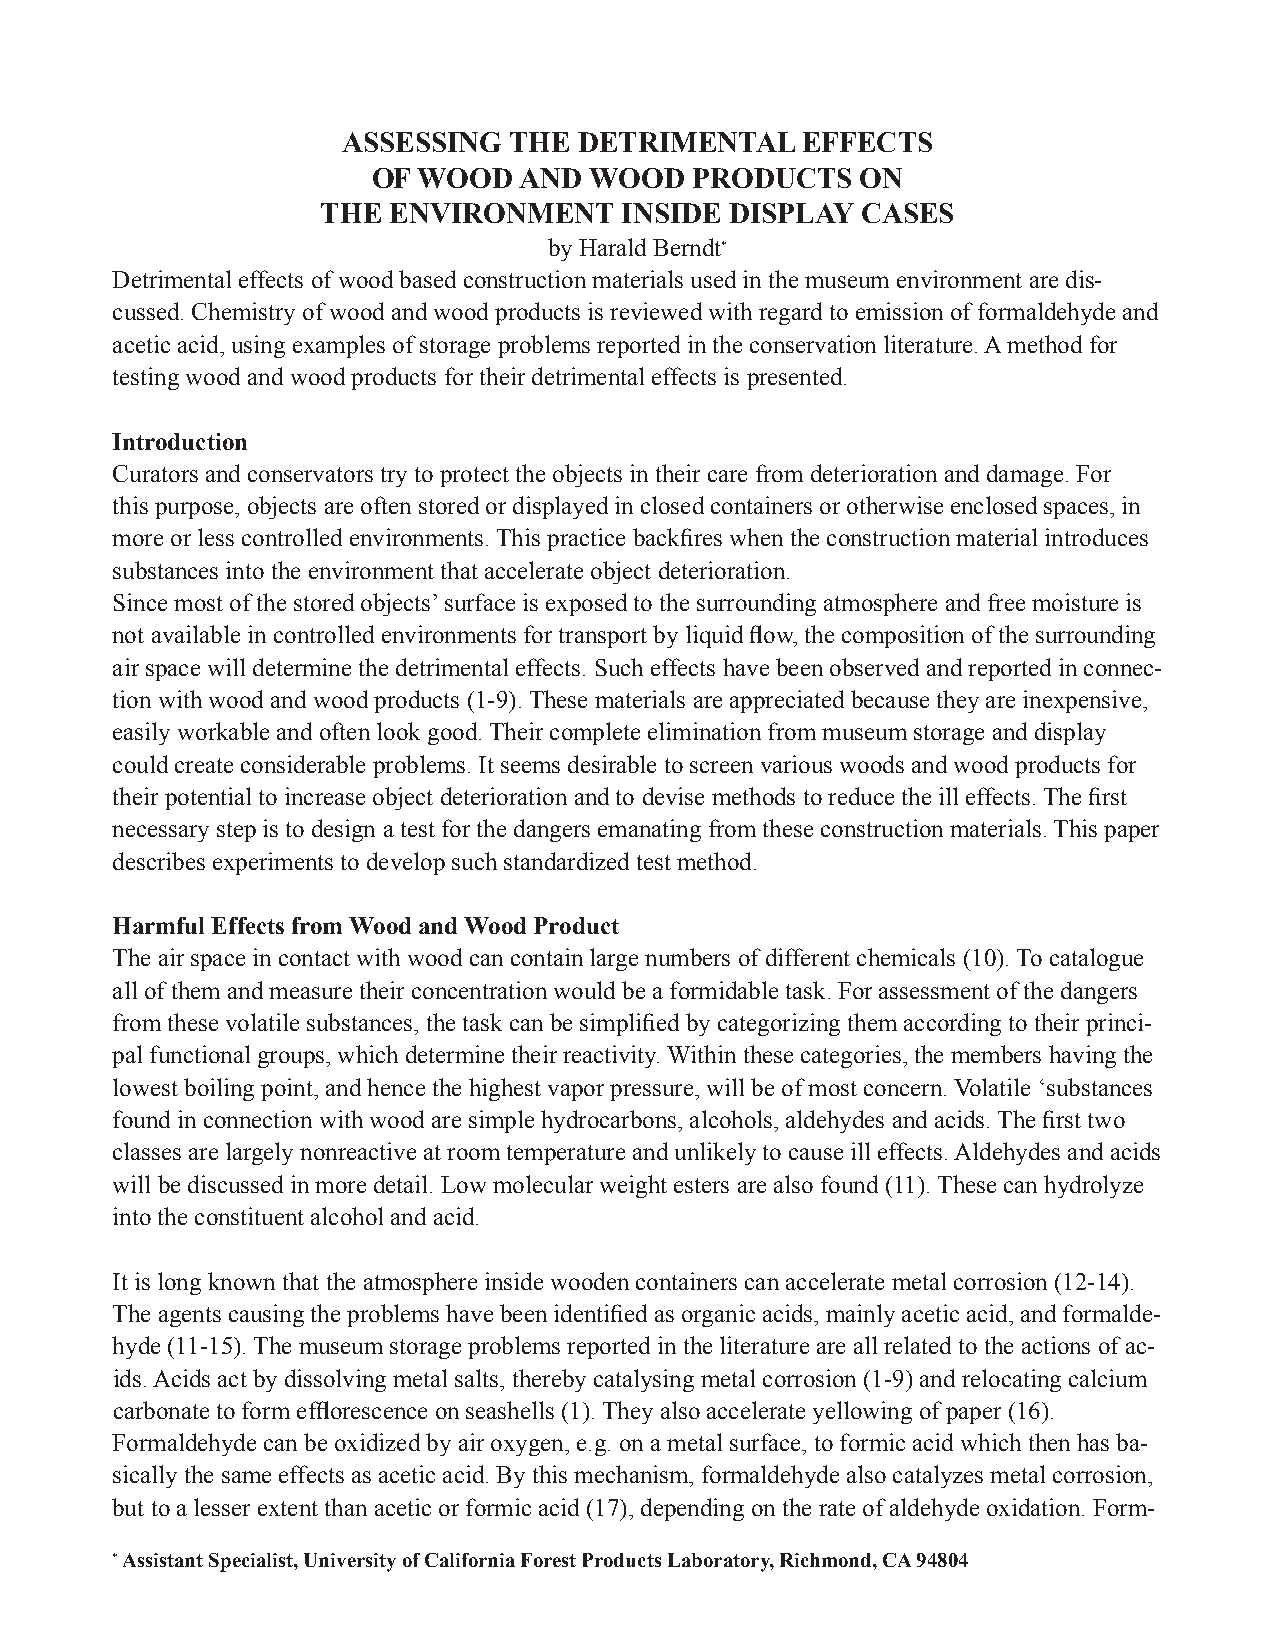
ASSESSING  THE DETRIMENTAL    EFFECTS
 OF WOOD  AND  WOOD   PRODUCTS   ON
 THE  ENVIRONMENT    INSIDE DISPLAY  CASES
 by Harald Berndt*
 Detrimental effects of wood based construction materials used in the museum environment are dis-
 cussed. Chemistry of wood and wood products is reviewed with regard to emission of formaldehyde and
 acetic acid, using examples of storage problems reported in the conservation literature. A method for
 testing wood and wood products for their detrimental effects is presented.
 Introduction
 Curators and conservators try to protect the objects in their care from deterioration and damage. For
 this purpose, objects are often stored or displayed in closed containers or otherwise enclosed spaces, in
 more or less controlled environments. This practice backfires when the construction material introduces
 substances into the environment that accelerate object deterioration.
 Since most of the stored objects’ surface is exposed to the surrounding atmosphere and free moisture is
 not available in controlled environments for transport by liquid flow, the composition of the surrounding
 air space will determine the detrimental effects. Such effects have been observed and reported in connec-
 tion with wood and wood products (1-9). These materials are appreciated because they are inexpensive,
 easily workable and often look good. Their complete elimination from museum storage and display
 could create considerable problems. It seems desirable to screen various woods and wood products for
 their potential to increase object deterioration and to devise methods to reduce the ill effects. The first
 necessary step is to design a test for the dangers emanating from these construction materials. This paper
 describes experiments to develop such standardized test method.
 Harmful Effects from Wood and Wood Product
 The air space in contact with wood can contain large numbers of different chemicals (10). To catalogue
 all of them and measure their concentration would be a formidable task. For assessment of the dangers
 from these volatile substances, the task can be simplified by categorizing them according to their princi-
 pal functional groups, which determine their reactivity. Within these categories, the members having the
 lowest boiling point, and hence the highest vapor pressure, will be of most concern. Volatile ‘substances
 found in connection with wood are simple hydrocarbons, alcohols, aldehydes and acids. The first two
 classes are largely nonreactive at room temperature and unlikely to cause ill effects. Aldehydes and acids
 will be discussed in more detail. Low molecular weight esters are also found (11). These can hydrolyze
 into the constituent alcohol and acid.
 It is long known that the atmosphere inside wooden containers can accelerate metal corrosion (12-14).
 The agents causing the problems have been identified as organic acids, mainly acetic acid, and formalde-
 hyde (11-15). The museum storage problems reported in the literature are all related to the actions of ac-
 ids. Acids act by dissolving metal salts, thereby catalysing metal corrosion (1-9) and relocating calcium
 carbonate to form efflorescence on seashells (1). They also accelerate yellowing of paper (16).
 Formaldehyde can be oxidized by air oxygen, e.g. on a metal surface, to formic acid which then has ba-
 sically the same effects as acetic acid. By this mechanism, formaldehyde also catalyzes metal corrosion,
 but to a lesser extent than acetic or formic acid (17), depending on the rate of aldehyde oxidation. Form-
 * Assistant Specialist, University of California Forest Products Laboratory, Richmond, CA 94804